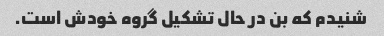
شنیدم که بن در حال تشکیل گروه خودش است.